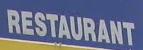
restaurant